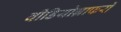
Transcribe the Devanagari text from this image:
वीडियोग्राफरों